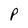
Character: P